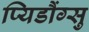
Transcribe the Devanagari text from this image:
प्यिडौंग्सु